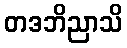
တဒဘိညာသိ